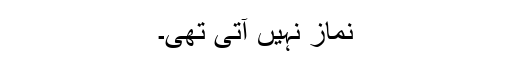
نماز نہیں آتی تھی۔